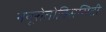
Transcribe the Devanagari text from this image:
नयूरोतोक्सिसिटी